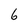
Character: 6